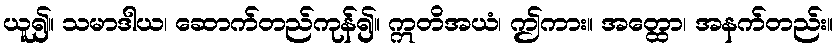
ယူ၍။ သမာဒါယ၊ ဆောက်တည်ကုန်၍။ ဣတိအယံ၊ ဤကား။ အတ္ထော၊ အနက်တည်း။